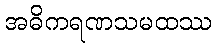
အဓိကရဏသမထဿ